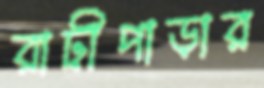
রাঢ়ীপাড়ার